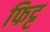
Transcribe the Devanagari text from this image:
फिट्ट